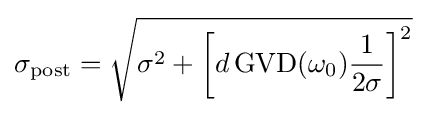
\sigma _{\text{post}}={\sqrt {\sigma ^{2}+\left[d\,{\textrm {GVD}}(\omega _{0}){\frac {1}{2\sigma }}\right]^{2}}}